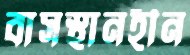
বাসস্থানহীন